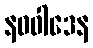
နဝဝါဒေန